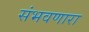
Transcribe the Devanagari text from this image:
संभवणारा